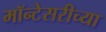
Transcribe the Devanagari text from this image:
मॉन्टेसरीच्या